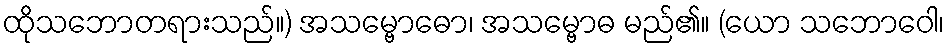
ထိုသဘောတရားသည်။) အသမ္ဗောဓော၊ အသမ္ဗောဓ မည်၏။ (ယော သဘောဝေါ၊